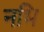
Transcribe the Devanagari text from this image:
नभि